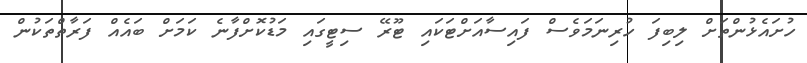
ހުށައެޅުންތަށް ލިބިފަ ހުރިނަމަވެސް ފައިސާއަށްޓަކައި ޓޫރޭ ސިޓީގައި މަޑުކޮށްފާނެ ކަމަށް ބައެއް ފަރާތްތަކުން